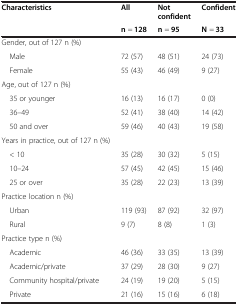
| Characteristics | All | Not confident | Confident |
 |  | n = 128 | n = 95 | N = 33 |
 | --- | --- | --- | --- |
 | Gender, out of 127 n (%) |  |  |  |
 | Male | 72 (57) | 48 (51) | 24 (73) |
 | Female | 55 (43) | 46 (49) | 9 (27) |
 | Age, out of 127 n (%) |  |  |  |
 | 35 or younger | 16 (13) | 16 (17) | 0 (0) |
 | 36–49 | 52 (41) | 38 (40) | 14 (42) |
 | 50 and over | 59 (46) | 40 (43) | 19 (58) |
 | Years in practice, out of 127 n (%) |  |  |  |
 | < 10 | 35 (28) | 30 (32) | 5 (15) |
 | 10–24 | 57 (45) | 42 (45) | 15 (46) |
 | 25 or over | 35 (28) | 22 (23) | 13 (39) |
 | Practice location n (%) |  |  |  |
 | Urban | 119 (93) | 87 (92) | 32 (97) |
 | Rural | 9 (7) | 8 (8) | 1 (3) |
 | Practice type n (%) |  |  |  |
 | Academic | 46 (36) | 33 (35) | 13 (39) |
 | Academic/private | 37 (29) | 28 (30) | 9 (27) |
 | Community hospital/private | 24 (19) | 19 (20) | 5 (15) |
 | Private | 21 (16) | 15 (16) | 6 (18) |